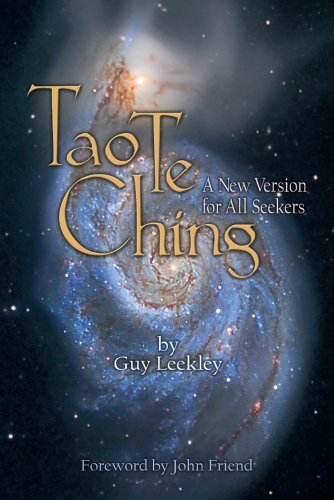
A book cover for Tao Te Ching: A New Version for All Seekers; Guy Leekley; Religion & Spirituality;